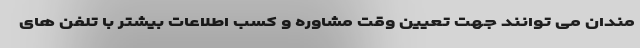
مندان می توانند جهت تعیین وقت مشاوره و کسب اطلاعات بیشتر با تلفن های